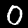
Digit: 0